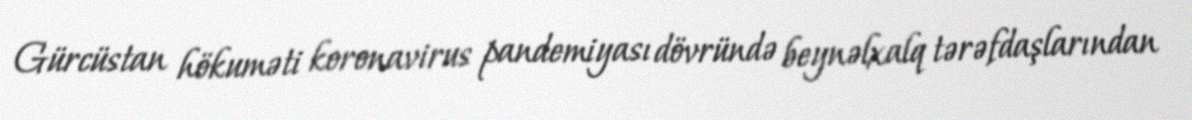
Gürcüstan hökuməti koronavirus pandemiyası dövründə beynəlxalq tərəfdaşlarından